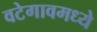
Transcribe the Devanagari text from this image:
वटेगावमध्ये